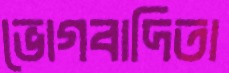
ভোগবাদিতা